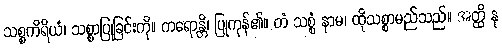
သစ္စကိရိယံ၊ သစ္စာပြုခြင်းကို။ ကရောန္တိ၊ ပြုကုန်၏။ တံ သစ္စံ နာမ၊ ထိုသစ္စာမည်သည်။ အတ္ထိ နု